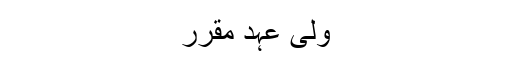
ولی عہد مقرر